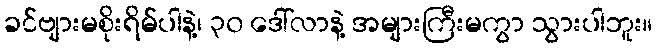
ခင်ဗျားမစိုးရိမ်ပါနဲ့၊ ၃၀ ဒေါ်လာနဲ့ အများကြီးမကွာ သွားပါဘူး။